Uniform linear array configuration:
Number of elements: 12
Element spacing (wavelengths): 1
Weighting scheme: hamming
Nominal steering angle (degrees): -15
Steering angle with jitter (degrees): -15.659
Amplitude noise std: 0.05
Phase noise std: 0.05

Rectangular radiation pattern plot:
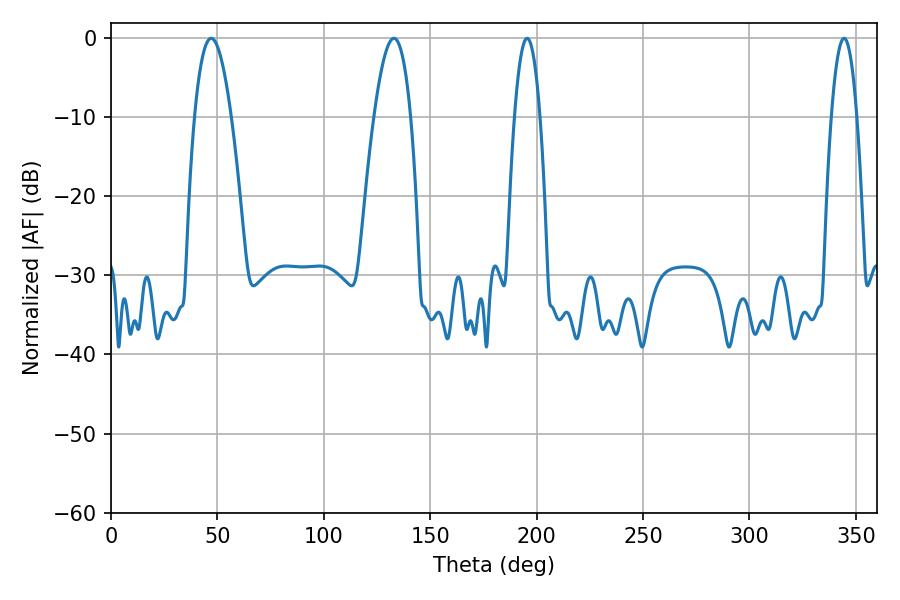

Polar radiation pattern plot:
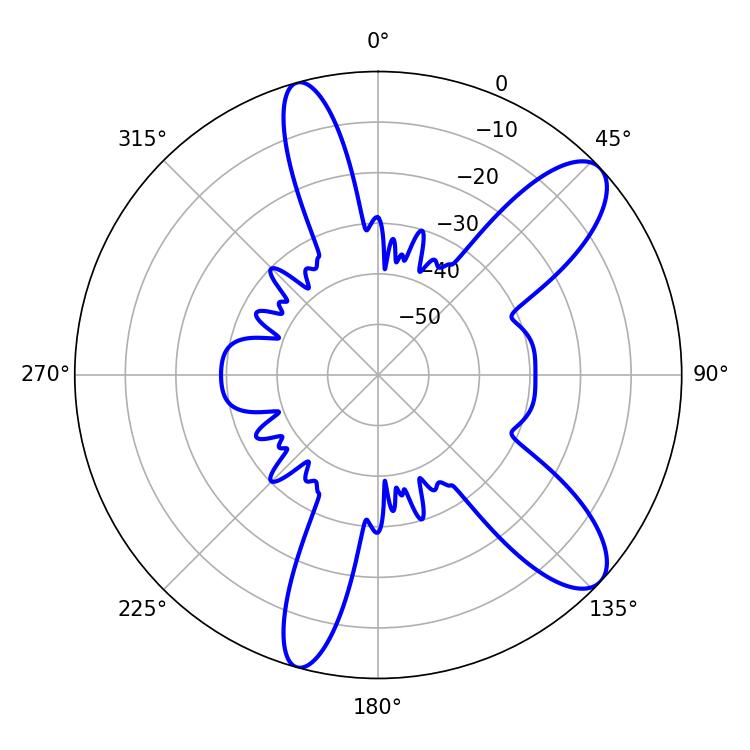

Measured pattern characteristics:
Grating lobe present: TRUE
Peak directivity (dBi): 10.093
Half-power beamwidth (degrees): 6.66
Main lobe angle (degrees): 195.48